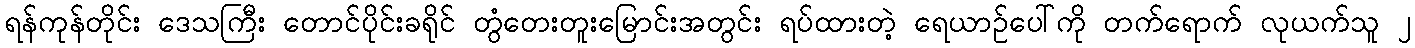
ရန်ကုန်တိုင်း ဒေသကြီး တောင်ပိုင်းခရိုင် တွံတေးတူးမြောင်းအတွင်း ရပ်ထားတဲ့ ရေယာဉ်ပေါ်ကို တက်ရောက် လုယက်သူ ၂